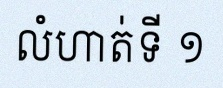
លំហាត់ទី ១